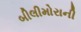
બીલીમોરાની